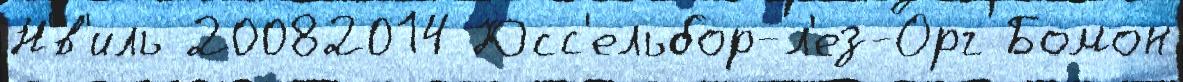
Н'́в'иль 20082014 Юсс'ельбор-л'ез-Орг Бомон